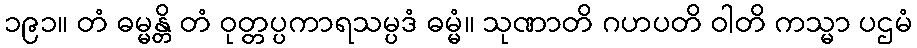
၁၉၁။ တံ ဓမ္မန္တိ တံ ဝုတ္တပ္ပကာရသမ္ပဒံ ဓမ္မံ။ သုဏာတိ ဂဟပတိ ဝါတိ ကသ္မာ ပဌမံ